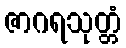
ဇာဂရသုတ္တံ